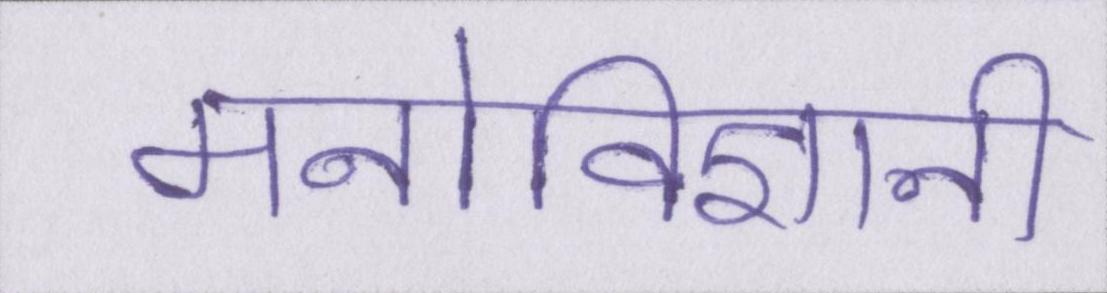
मनोविज्ञानी